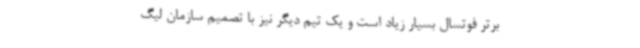
برتر فوتسال بسیار زیاد است و یک تیم دیگر نیز با تصمیم سازمان لیگ